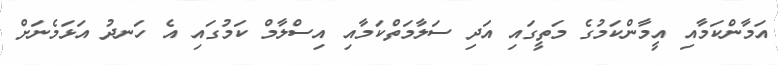
އަމާންކަމާއި އީމާންކަމުގެ މަތީގައި އަދި ސަލާމަތްކަމާއި އިސްލާމް ކަމުގައި އެ ހަނދު އަޅަމެނަށް